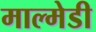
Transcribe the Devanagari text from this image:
माल्मेडी